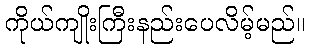
ကိုယ်ကျိုးကြီးနည်းပေလိမ့်မည်။